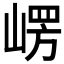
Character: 𭖴